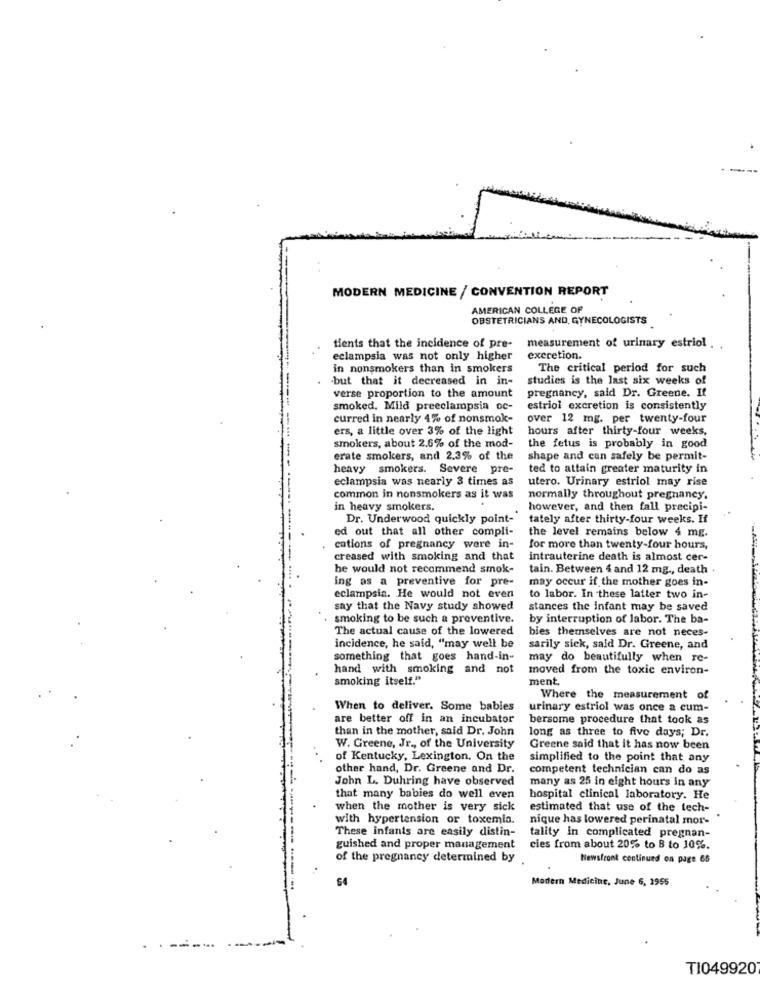
MODERN MEDICINE / CONVENTION REPORT
AMERICAN COLLEGE OF
OBSTETRICIANS AND, GYNECOLOGISTS
tients that the incidence of pre-
measurement of urinary estriol .
eclampsia was not only higher
excretion.
in nonsmokers than in smokers
The critical period for such
.but that it decreased in in-
studies is the last six weeks of
verse proportion to the amount
pregnancy, said Dr. Greene. It
smoked, Mild preeclampsia oc-
estriol excretion is consistently
curred in nearly 4% of nonsmok-
over 12 mg. per twenty-four
ers, a little over 3% of the light
hours after thirty-four weeks,
smokers, about 2.6% of the mod-
the fetus is probably in good
erate smokers, and 2.3% of the
shape and can safely be permit-
heavy smokers. Severe pre-
ted to attain greater maturity in
eclampsia was nearly 3 times as
utero. Urinary estriol may rise
common in nonsmokers as it was
normally throughout pregnancy.
in heavy smokers.
however, and then fall precipi-
Dr. Underwood quickly point-"
tately after thirty-four weeks. If
ed out that all other compli-
the level remains below 4 mg.
cations of pregnancy were in-
for more than twenty-four hours,
creased with smoking and that
intrauterine death is almost cer-
he would not recommend smok-
tain. Between 4 and 12 mg ., death .
ing as a preventive for pre-
may occur if the mother goes in-
eclampsia. He would not even
to labor. In these latter two in-
say that the Navy study showed
stances the infant may be saved
. smoking to be such a preventive.
by interruption of labor. The ba-
The actual cause of the lowered
bies themselves are not neces-
incidence, he said, "may well be
sarily sick, said Dr. Greene, and
something that goes hand-in-
may do beautifully when re-
hand with smoking and not
moved from the toxic environ-
smoking itself."
ment
Where the measurement of
When to deliver. Some babies
urinary estriol was once a cum-
are better off in an incubator
bersome procedure that took as
than in the mother, said Dr. John
long as three to five days; Dr.
W. Greene, Jr ., of the University
Greene said that it has now been
of Kentucky, Lexington. On the
simplified to the point that any
other hand, Dr. Greene and Dr.
competent technician can do as
John L. Duhring have observed
many as 25 in eight hours in any
that many babies do well even
hospital clinical laboratory. He
when the mother is very sick
estimated that use of the tech-
with hypertension or toxemia.
nique has lowered perinatal mor-
These infants are easily distin-
tality in complicated pregnan-
guished and proper management
cies from about 20% to 8 to 10%.
of the pregnancy determined by
Newsfront continued on page 65
64
Modern Medicine, June 6, 1955
-
TI049920